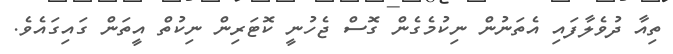
ތިއާ ދުވެލާފައި އެތަނުން ނިކުމެގެން ގޮސް ޖެހުނީ ކޮޓަރިން ނިކުތް އީތަން ގައިގައެވެ.